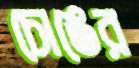
চোঙের